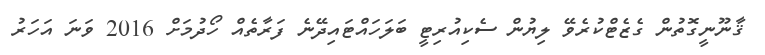
ޤާނޫނީގޮތުން ގެޒެޓްކުރެވޭ ލިޔުން ސެކިއުރިޓީ ބަލަހައްޓައިދޭނެ ފަރާތެއް ހޯދުމަށް 2016 ވަނަ އަހަރު